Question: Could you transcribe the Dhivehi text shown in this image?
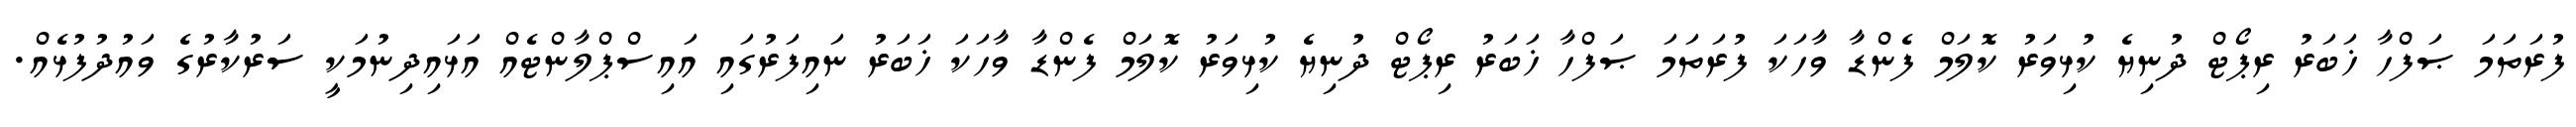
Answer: ފުރަތަމަ ޞަފްހާ ޚަބަރު ރިޕޯޓް ދުނިޔެ ކުޅިވަރު ކޮލަމް ފެންޑާ ވާހަކަ ފުރަތަމަ ޞަފްހާ ޚަބަރު ރިޕޯޓް ދުނިޔެ ކުޅިވަރު ކޮލަމް ފެންޑާ ވާހަކަ ޚަބަރު ނައިފަރުގައި އައިސްޕްލާންޓެއް އަޅައިދިނުމަކީ ސަރުކާރުގެ ވައުދުފުޅެއް.